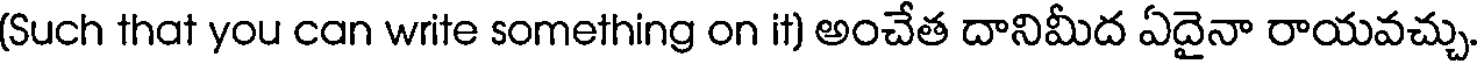
(Such that you can write something on it) అంచేత దానిమీద ఏదైనా రాయవచ్చు